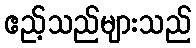
ဧည့်သည်များသည်